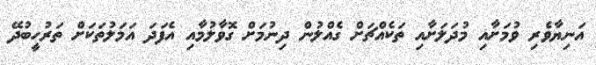
އަނިޔާވެރި ވުމަށާއި މުދަލަށާއި ތަކެއްޗަށް ގެއްލުން ދިނުމަށް ގޮވާލުމާއި އެފަދަ އަމަލުތަކަށް ތަރުހީބުދޭ